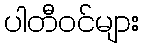
ပါတီဝင်များ